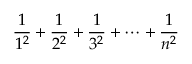
{ \frac { 1 } { 1 ^ { 2 } } } + { \frac { 1 } { 2 ^ { 2 } } } + { \frac { 1 } { 3 ^ { 2 } } } + \cdots + { \frac { 1 } { n ^ { 2 } } }